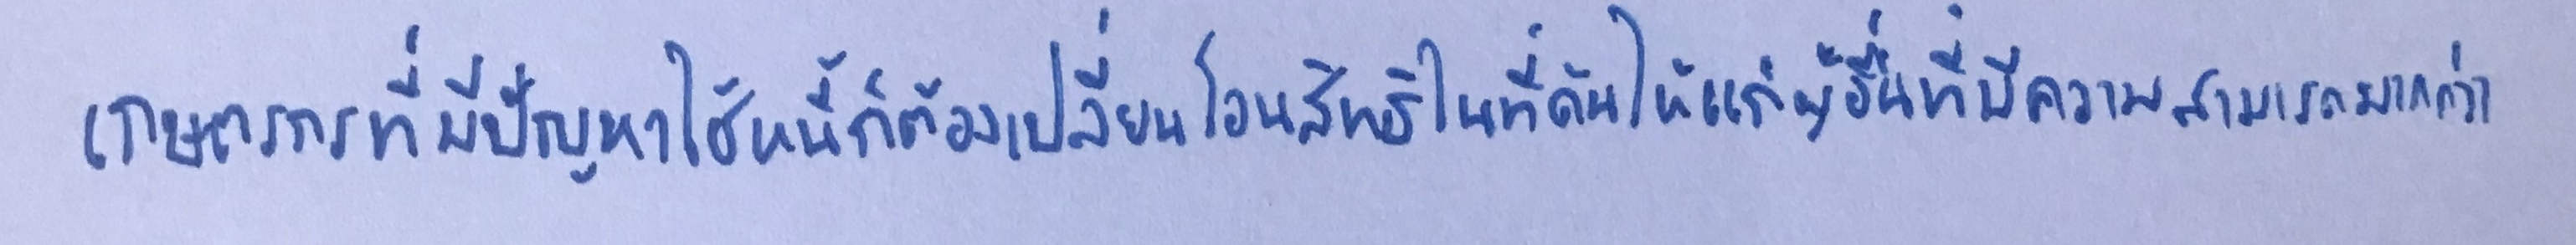
เกษตรกรที่มีปัญหาใช้หนี้ก็ต้องเปลี่ยนโอนสิทธิในที่ดินให้แก่ผู้อื่นที่มีความสามารถมากกว่า